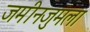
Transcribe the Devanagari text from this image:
जमीनजुमला